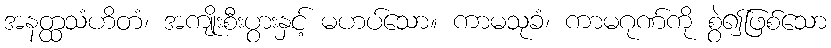
အနတ္ထသံဟိတံ၊ အကျိုးစီးပွားနှင့် မဟပ်သော။ ကာမသုခံ၊ ကာမဂုဏ်ကို စွဲ၍ဖြစ်သော